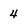
Character: 4